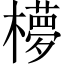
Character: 𬄺